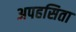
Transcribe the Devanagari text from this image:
अपहसिता